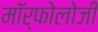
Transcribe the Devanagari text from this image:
मॉर्फोलोजी